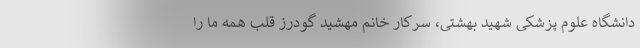
دانشگاه علوم پزشکی شهید بهشتی، سرکار خانم مهشید گودرز قلب همه ما را